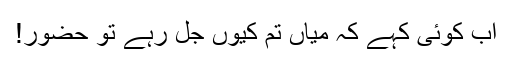
اب کوئی کہے کہ میاں تم کیوں جل رہے تو حضور!